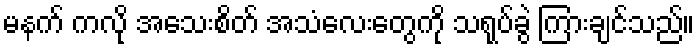
မနက် ကလို အသေးစိတ် အသံလေးတွေကို သရုပ်ခွဲ ကြားချင်သည်။